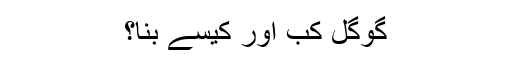
گوگل کب اور کیسے بنا؟